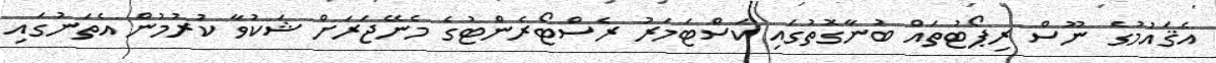
އެޤައުމުގެ ނޫސް ރިޕޯޓުތައް ބުނާގޮތުގައި ކަސްޓަމަރު ރެސްޓޯރެންޓުގެ މެނޭޖަރަށް ޝަކުވާ ކުރުމުން އެތަނުގައި